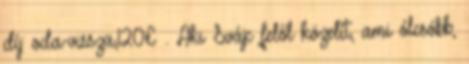
díj: oda-vissza,120€ . Aki Svájc felől közelít, ami ólcsóbb,